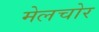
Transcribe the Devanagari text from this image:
मेलचोर